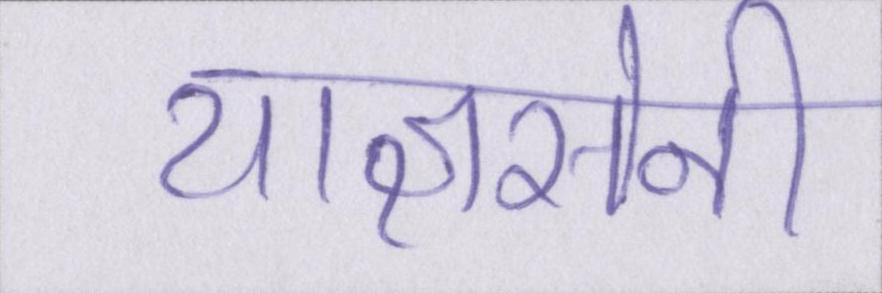
याज्ञसेनी